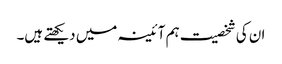
ان کی شخصیت ہم آئینہ میں دیکھتے ہیں۔